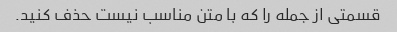
قسمتی از جمله را که با متن مناسب نیست حذف کنید.